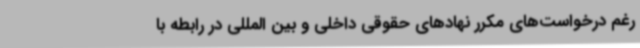
رغم درخواست‌های مکرر نهادهای حقوقی داخلی و بین المللی در رابطه با